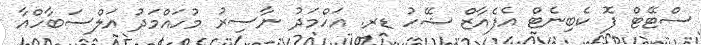
ސްޓޭޓް ފޮ ކެބިނެޓް އެފެއާޒް ޝޭހު ޑރ. އަހްމަދު ނާސިރު މުހައްމަދު އަލްސަބާހްއާ